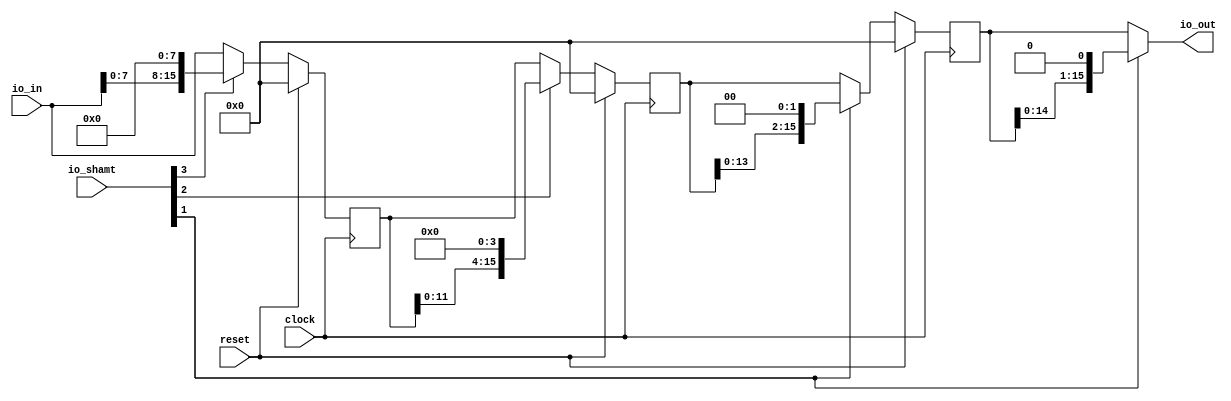
module LogShifter(
  input         clock,
  input         reset,
  input  [15:0] io_in,
  input  [3:0]  io_shamt,
  output [15:0] io_out
);
`ifdef RANDOMIZE_REG_INIT
  reg [31:0] _RAND_0;
  reg [31:0] _RAND_1;
  reg [31:0] _RAND_2;
`endif // RANDOMIZE_REG_INIT
  reg [15:0] s0; // @[LogShifter.scala 12:19]
  wire [23:0] _GEN_4 = {io_in, 8'h0}; // @[LogShifter.scala 14:17]
  wire [30:0] _T_2 = {{7'd0}, _GEN_4}; // @[LogShifter.scala 14:17]
  wire [30:0] _GEN_0 = io_shamt[3] ? _T_2 : {{15'd0}, io_in}; // @[LogShifter.scala 13:30]
  reg [15:0] s1; // @[LogShifter.scala 18:19]
  wire [19:0] _GEN_5 = {s0, 4'h0}; // @[LogShifter.scala 20:14]
  wire [22:0] _T_5 = {{3'd0}, _GEN_5}; // @[LogShifter.scala 20:14]
  wire [22:0] _GEN_1 = io_shamt[2] ? _T_5 : {{7'd0}, s0}; // @[LogShifter.scala 19:30]
  reg [15:0] s2; // @[LogShifter.scala 24:19]
  wire [17:0] _GEN_6 = {s1, 2'h0}; // @[LogShifter.scala 26:14]
  wire [18:0] _T_8 = {{1'd0}, _GEN_6}; // @[LogShifter.scala 26:14]
  wire [18:0] _GEN_2 = io_shamt[1] ? _T_8 : {{3'd0}, s1}; // @[LogShifter.scala 25:30]
  wire [16:0] _T_11 = {s2, 1'h0}; // @[LogShifter.scala 31:18]
  wire [16:0] _GEN_3 = io_shamt[1] ? _T_11 : {{1'd0}, s2}; // @[LogShifter.scala 30:30]
  assign io_out = _GEN_3[15:0]; // @[LogShifter.scala 31:12 LogShifter.scala 33:12]
`ifdef RANDOMIZE_GARBAGE_ASSIGN
`define RANDOMIZE
`endif
`ifdef RANDOMIZE_INVALID_ASSIGN
`define RANDOMIZE
`endif
`ifdef RANDOMIZE_REG_INIT
`define RANDOMIZE
`endif
`ifdef RANDOMIZE_MEM_INIT
`define RANDOMIZE
`endif
`ifndef RANDOM
`define RANDOM $random
`endif
`ifdef RANDOMIZE_MEM_INIT
  integer initvar;
`endif
`ifndef SYNTHESIS
`ifdef FIRRTL_BEFORE_INITIAL
`FIRRTL_BEFORE_INITIAL
`endif
initial begin
  `ifdef RANDOMIZE
    `ifdef INIT_RANDOM
      `INIT_RANDOM
    `endif
    `ifndef VERILATOR
      `ifdef RANDOMIZE_DELAY
        #`RANDOMIZE_DELAY begin end
      `else
        #0.002 begin end
      `endif
    `endif
`ifdef RANDOMIZE_REG_INIT
  _RAND_0 = {1{`RANDOM}};
  s0 = _RAND_0[15:0];
  _RAND_1 = {1{`RANDOM}};
  s1 = _RAND_1[15:0];
  _RAND_2 = {1{`RANDOM}};
  s2 = _RAND_2[15:0];
`endif // RANDOMIZE_REG_INIT
  `endif // RANDOMIZE
end // initial
`ifdef FIRRTL_AFTER_INITIAL
`FIRRTL_AFTER_INITIAL
`endif
`endif // SYNTHESIS
  always @(posedge clock) begin
    if (reset) begin
      s0 <= 16'h0;
    end else begin
      s0 <= _GEN_0[15:0];
    end
    if (reset) begin
      s1 <= 16'h0;
    end else begin
      s1 <= _GEN_1[15:0];
    end
    if (reset) begin
      s2 <= 16'h0;
    end else begin
      s2 <= _GEN_2[15:0];
    end
  end
endmodule